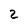
Character: 2